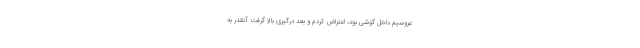
عروسیم داخل گوشی بود، اعتراض کردم و بعد درگیری بالا گرفت آنقدر به